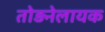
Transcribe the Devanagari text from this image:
तोड़नेलायक